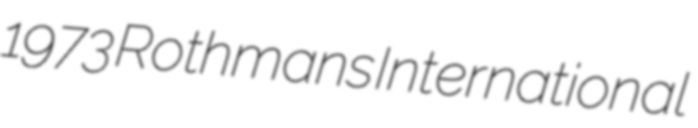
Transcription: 1973 Rothmans International